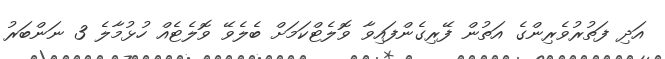
އަދި ފަތުރުވެރިންގެ އަތުން ފޭރިގެންފައިވާ ވޮލެޓްކަމަށް ބެލެވޭ ވޮލެޓެއް ހުޅުމާލެ 3 ނަންބަރު